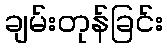
ချမ်းတုန်ခြင်း